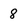
Character: 8